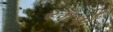
રમવો